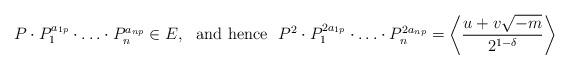
LaTeX: \begin{align*}P\cdot P_1^{a_{1p}}\cdot\ldots\cdot P_n^{a_{np}} \in E,~~\mbox{and hence}~~P^2\cdot P_1^{2a_{1p}}\cdot\ldots\cdot P_n^{2a_{np}} = \left\langle \frac{u+v\sqrt{-m}}{2^{1-\delta}}\right\rangle\end{align*}